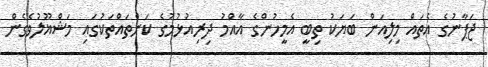
ޖަޕާނުގެ އެތައް މިލިއަން ބަޔަކު ތިބީ އެމީހުންގެ އާއްމު ދިރިއުޅުމުގެ ކަންތައްތަކުގައި މަޝްޣޫލުވެގެން